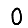
Digit: 0